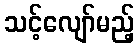
သင့်လျော်မည့်